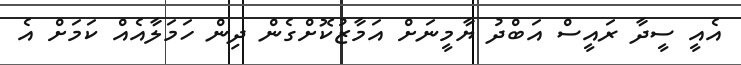
އެއީ ސީދާ ރައީސް އަބްދު ޔާމީނަށް އަމާޒުކޮށްގެން ދިން ހަމަލާއެއް ކަމަށް އެ